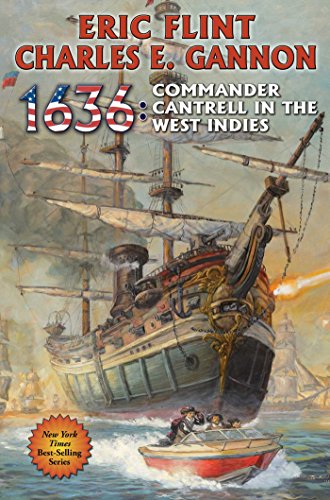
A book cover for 1636: Commander Cantrell in the West Indies (The Ring of Fire); Eric Flint; Science Fiction & Fantasy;